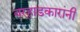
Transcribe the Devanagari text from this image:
वऱ्हाडकारांनी